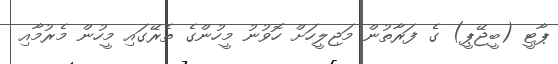
ޕާޓީ (ބީޖޭޕީ) ގެ ފަރާތުން މަޖިލީހަށް ހޮވުނު މީހުންގެ ތެރޭގައި މީހުން މެރުމާއި